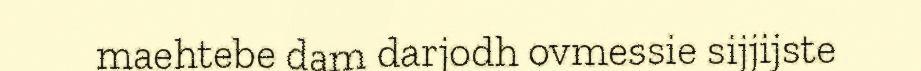
maehtebe dam darjodh ovmessie sijjijste